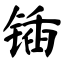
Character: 锸